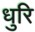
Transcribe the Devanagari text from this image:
धुरि